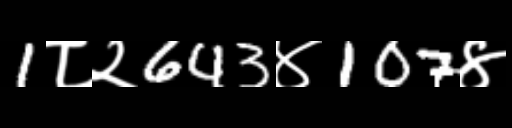
Text: 1८२643४107४